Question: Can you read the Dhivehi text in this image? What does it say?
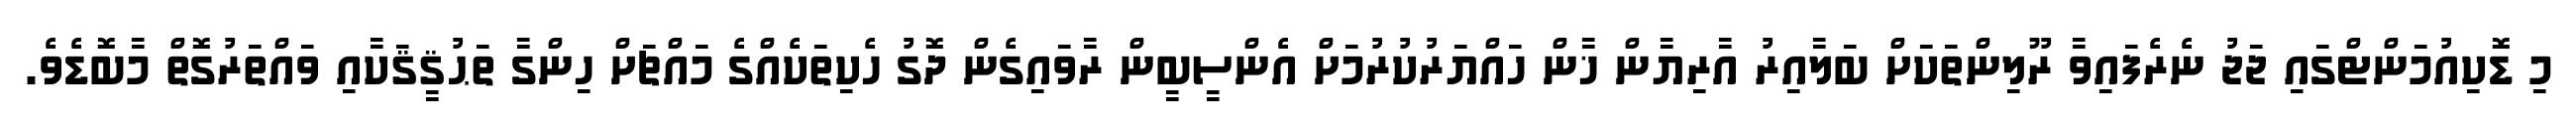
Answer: މި ޑޮކިއުމަންޓްގައި ޖަޖު ނެރެފައިވާ ރޫލިންތަކަށް ބަލާއިރު އާރިޔާން ޚާން ހައްޔަރުކުރުމަށް އެންސީބީން ރާވައިގެން ދޮގު ހެކިތަކެއްގެ މައްޗަށް ހިންގާ ތަޙުޤީޤަކާއި ވައްތަރުގޮތް މާބޮޑެވެ.